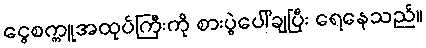
ငွေစက္ကူအထုပ်ကြီးကို စားပွဲပေါ်ချပြီး ရေနေသည်။